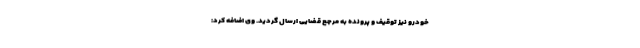
خودرو نیز توقیف و پرونده به مرجع قضایی ارسال گردید. وی اضافه کرد: